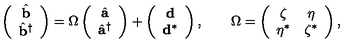
\left( \begin{array} { c } { \hat { { \bf b } } } \\ { \hat { { \bf b } } ^ { \dagger } } \\ \end{array} \right) = \Omega \left( \begin{array} { c } { \hat { { \bf a } } } \\ { \hat { { \bf a } } ^ { \dagger } } \\ \end{array} \right) + \left( \begin{array} { c } { { \bf d } } \\ { { \bf d } ^ { * } } \\ \end{array} \right) , \qquad \Omega = \left( \begin{array} { c c } { \zeta } & { \eta } \\ { \eta ^ { * } } & { \zeta ^ { * } } \\ \end{array} \right) ,